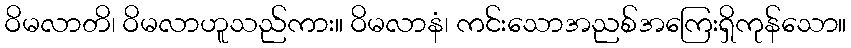
ဝိမလာတိ၊ ဝိမလာဟူသည်ကား။ ဝိမလာနံ၊ ကင်းသောအညစ်အကြေးရှိကုန်သော။